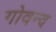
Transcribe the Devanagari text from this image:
गोवन्द